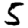
Digit: 5